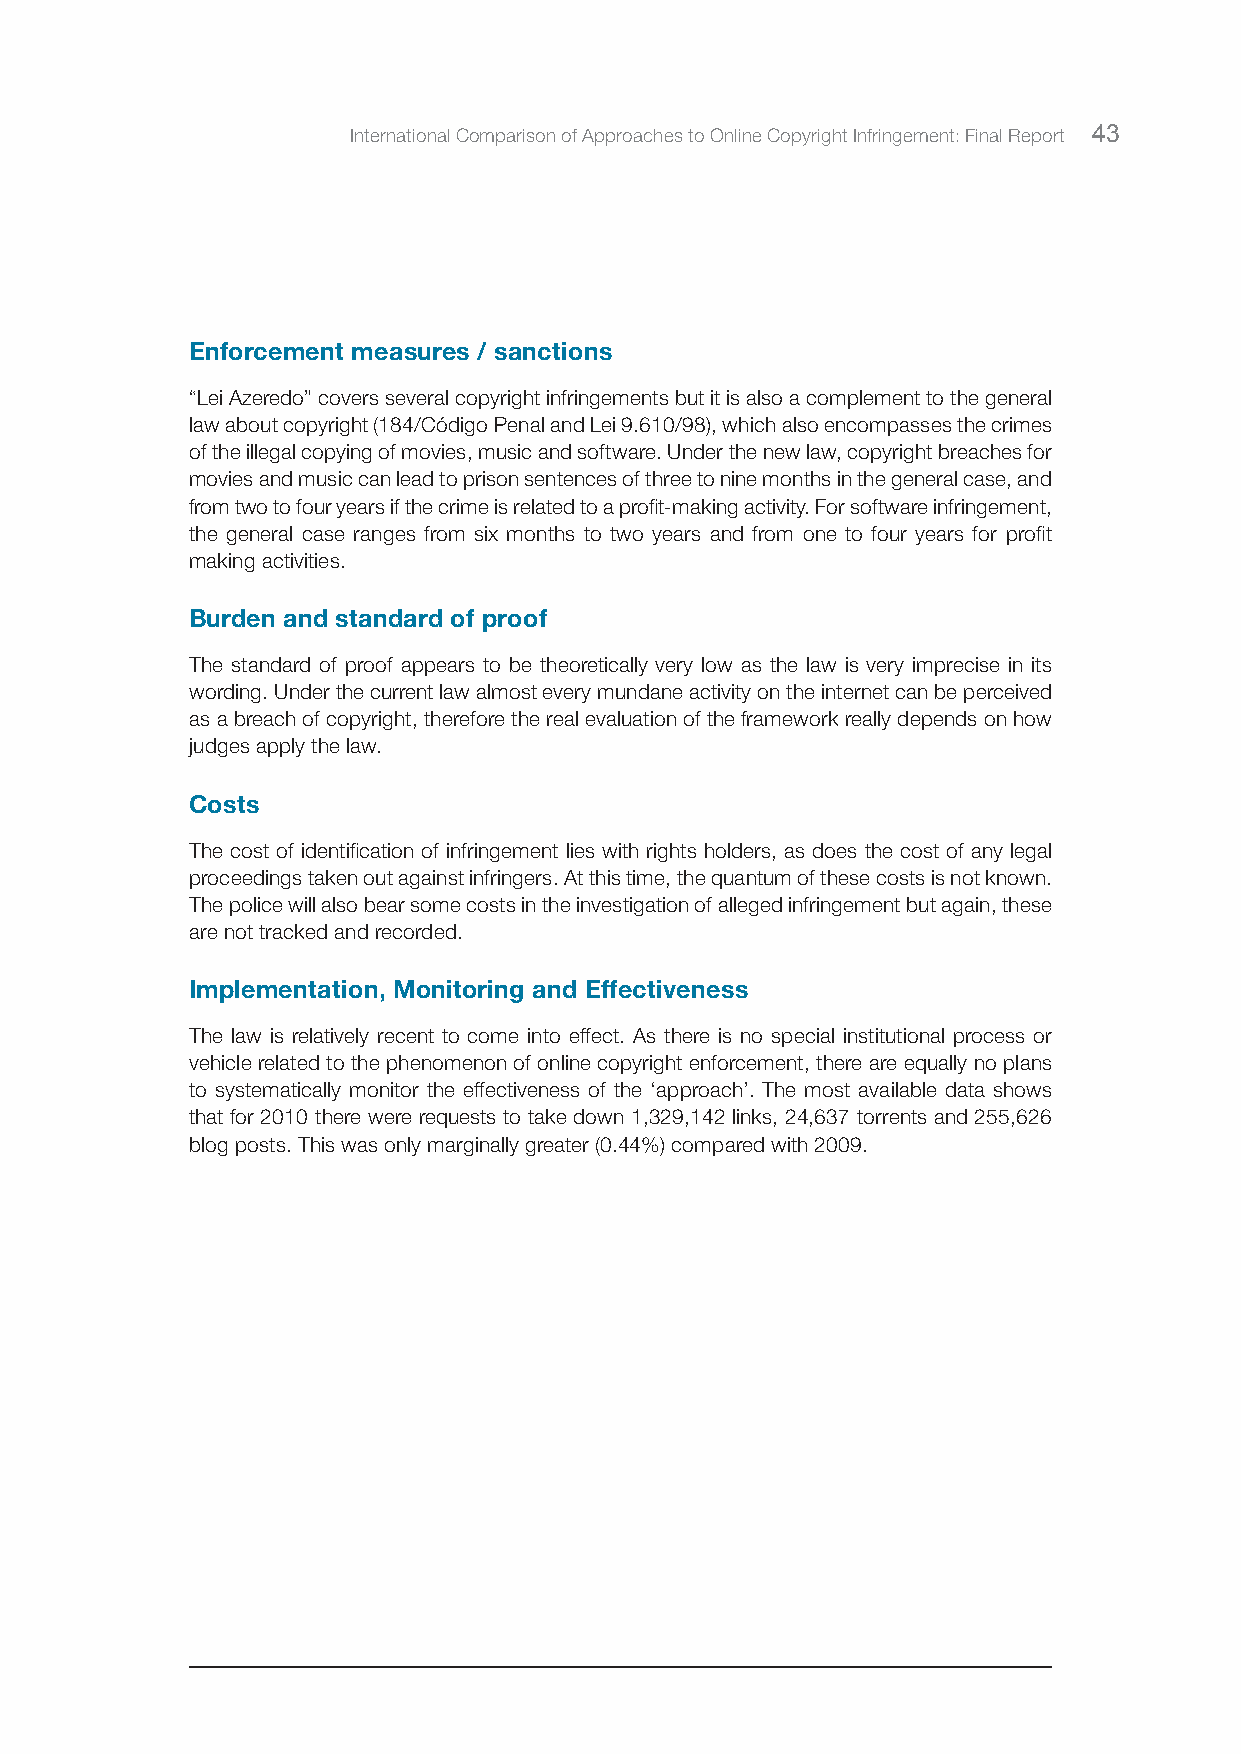
International Comparison of Approaches to Online Copyright Infringement: Final Report 43
 Enforcement measures / sanctions
 “Lei Azeredo” covers several copyright infringements but it is also a complement to the general
 law about copyright (184/Código Penal and Lei 9.610/98), which also encompasses the crimes
 of the illegal copying of movies, music and software. Under the new law, copyright breaches for
 movies and music can lead to prison sentences of three to nine months in the general case, and
 from two to four years if the crime is related to a profit-making activity. For software infringement,
 the general case ranges from six months to two years and from one to four years for profit
 making activities.
 Burden and standard of proof
 The standard of proof appears to be theoretically very low as the law is very imprecise in its
 wording. Under the current law almost every mundane activity on the internet can be perceived
 as a breach of copyright, therefore the real evaluation of the framework really depends on how
 judges apply the law.
 Costs
 The cost of identification of infringement lies with rights holders, as does the cost of any legal
 proceedings taken out against infringers. At this time, the quantum of these costs is not known.
 The police will also bear some costs in the investigation of alleged infringement but again, these
 are not tracked and recorded.
 Implementation, Monitoring and Effectiveness
 The law is relatively recent to come into effect. As there is no special institutional process or
 vehicle related to the phenomenon of online copyright enforcement, there are equally no plans
 to systematically monitor the effectiveness of the ‘approach’. The most available data shows
 that for 2010 there were requests to take down 1,329,142 links, 24,637 torrents and 255,626
 blog posts. This was only marginally greater (0.44%) compared with 2009.